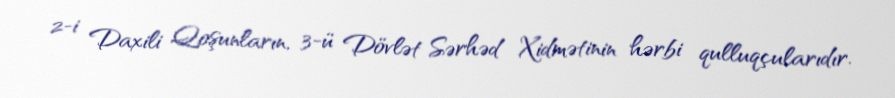
2-i Daxili Qoşunların, 3-ü Dövlət Sərhəd Xidmətinin hərbi qulluqçularıdır.